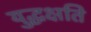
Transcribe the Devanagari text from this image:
युद्धक्षति